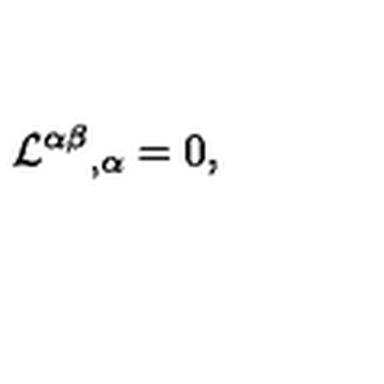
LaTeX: { { \cal L } ^ { \alpha \beta } } _ { , \alpha } = 0 ,